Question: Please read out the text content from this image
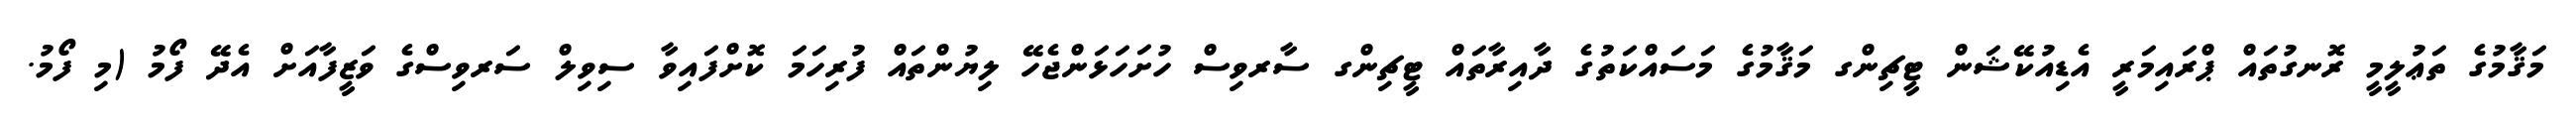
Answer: މަޤާމުގެ ތަޢުލީމީ ރޮނގުތައް ޕްރައިމަރީ އެޑިއުކޭޝަން ޓީޗިންގ މަޤާމުގެ މަސައްކަތުގެ ދާއިރާތައް ޓީޗިންގ ސާރވިސް ހުށަހަޅަންޖެހޭ ލިޔުންތައް ފުރިހަމަ ކޮށްފައިވާ ސިވިލް ސަރވިސްގެ ވަޒީފާއަށް އެދޭ ފޯމު (މި ފޯމު.